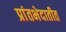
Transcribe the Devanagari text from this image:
प्रांतभेदातीत